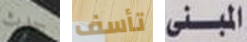
حدث تأسف المبنى